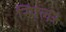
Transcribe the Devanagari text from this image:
स्पिलर